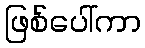
ဖြစ်ပေါ်ကာ